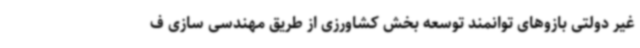
غیر دولتی بازوهای توانمند توسعه بخش کشاورزی از طریق مهندسی سازی ف